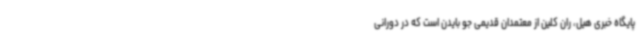
پایگاه خبری هیل، ران کلین از معتمدان قدیمی جو بایدن است که در دورانی